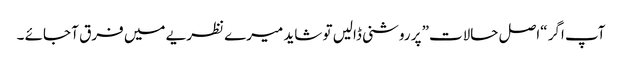
آپ اگر “اصل حالات” پر روشنی ڈالیں تو شاید میرے نظریے میں فرق آ جائے ۔